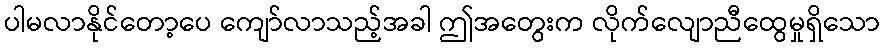
ပါမလာနိုင်တော့ပေ ကျော်လာသည့်အခါ ဤအတွေးက လိုက်လျောညီထွေမှုရှိသော